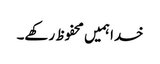
خدا ہمیں محفوظ رکھے۔